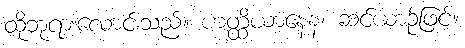
ထိုဘုရားလောင်းသည်။ ဟတ္ထိယာနေန၊ ဆင်ယာဉ်ဖြင့်။